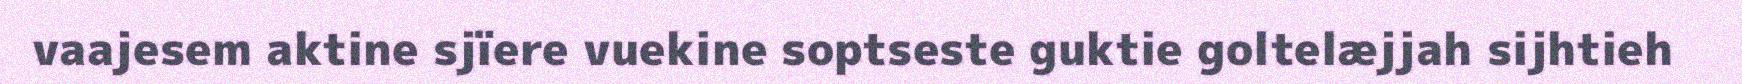
vaajesem aktine sjïere vuekine soptseste guktie goltelæjjah sijhtieh